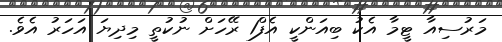
މަރުސިއާ ޓީމާ އެކު ބިއަންކީ އެފް1 ރޭހަށް ނުކުތީ މިދިޔަ އަހަރު އެވެ.